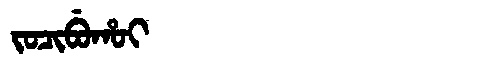
Manchu: ᠵᠣᠴᡳᠪᡠᡥᠣᡳ
Romanization: JOCIBUHOI